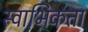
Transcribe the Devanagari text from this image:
स्वाभिकता